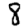
Digit: 8